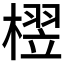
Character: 𬄘